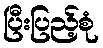
ပြီးပြည့်စုံ